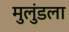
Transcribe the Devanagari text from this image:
मुलुंडला